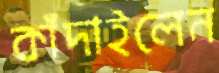
কাঁদাইলেন